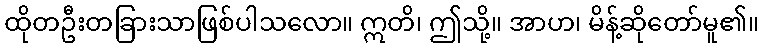
ထိုတဦးတခြားသာဖြစ်ပါသလော။ ဣတိ၊ ဤသို့။ အာဟ၊ မိန့်ဆိုတော်မူ၏။